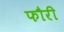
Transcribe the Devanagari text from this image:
फौरी